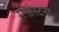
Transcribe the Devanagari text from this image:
मेंगोस्टना